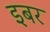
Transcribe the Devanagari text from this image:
इबर